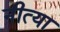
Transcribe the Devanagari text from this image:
नीत्या